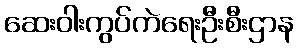
ဆေးဝါးကွပ်ကဲရေးဦးစီးဌာန